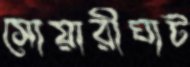
সোয়ারীঘাট